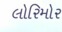
લોરિમોર